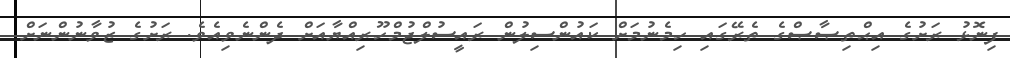
ފިނޮޅު ރަށުގެ އިޙްތިޞާޞްގެ ތެރޭގައި ހިމެނުމަށް ކައުންސިލުން ރައީސުލްޖުމްހޫރިއްޔާއަށް ދެންނެވިއެވެ. ރަށުގެ ޒުވާނުންނަށް